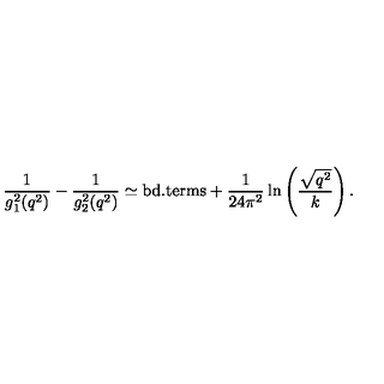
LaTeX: { \frac { 1 } { g _ { 1 } ^ { 2 } ( q ^ { 2 } ) } } - { \frac { 1 } { g _ { 2 } ^ { 2 } ( q ^ { 2 } ) } } \simeq \mathrm { b d . t e r m s } + { \frac { 1 } { 2 4 \pi ^ { 2 } } } \ln \left( { \frac { \sqrt { q ^ { 2 } } } { k } } \right) .